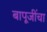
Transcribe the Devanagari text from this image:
बापूजींचा